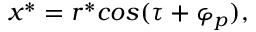
x ^ { * } = r ^ { * } c o s ( \tau + \varphi _ { p } ) ,